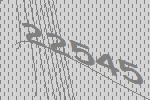
22545